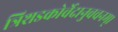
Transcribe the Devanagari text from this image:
त्रिशडकोर्वेदानुवचनम्।